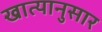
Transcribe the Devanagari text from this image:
खात्यानुसार